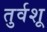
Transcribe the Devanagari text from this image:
तुर्वशू